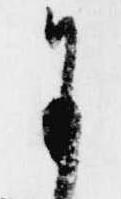
に